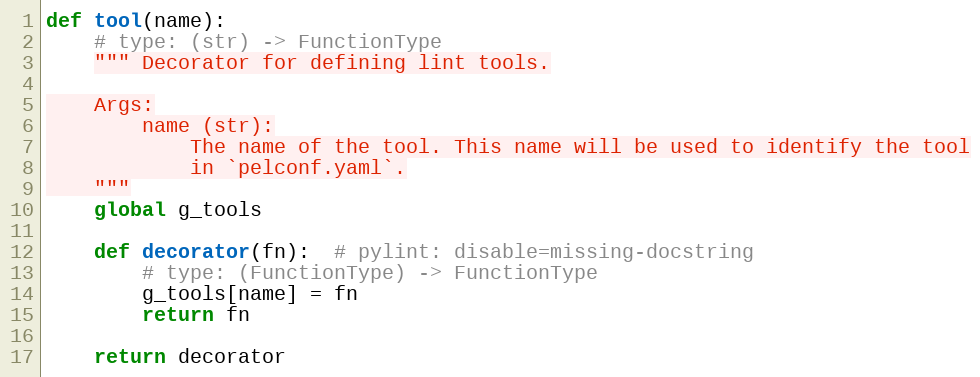
Language: Python
def tool(name):
    # type: (str) -> FunctionType
    """ Decorator for defining lint tools.

    Args:
        name (str):
            The name of the tool. This name will be used to identify the tool
            in `pelconf.yaml`.
    """
    global g_tools

    def decorator(fn):  # pylint: disable=missing-docstring
        # type: (FunctionType) -> FunctionType
        g_tools[name] = fn
        return fn

    return decorator